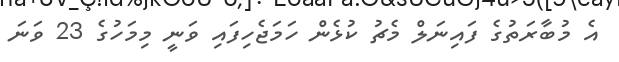
އެ މުބާރަތުގެ ފައިނަލް މެޗު ކުޅެން ހަމަޖެހިފައި ވަނީ މިމަހުގެ 23 ވަނަ